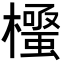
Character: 𭬛